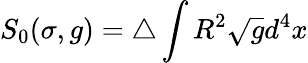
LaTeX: S_{0}(\sigma,g)=\triangle\int R^{2}\sqrt{g}d^{4}x